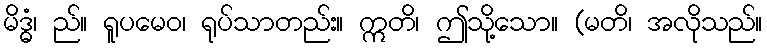
မိဒ္ဓံ၊ ည်။ ရူပမေဝ၊ ရုပ်သာတည်း။ ဣတိ၊ ဤသို့သော။ (မတိ၊ အလိုသည်။